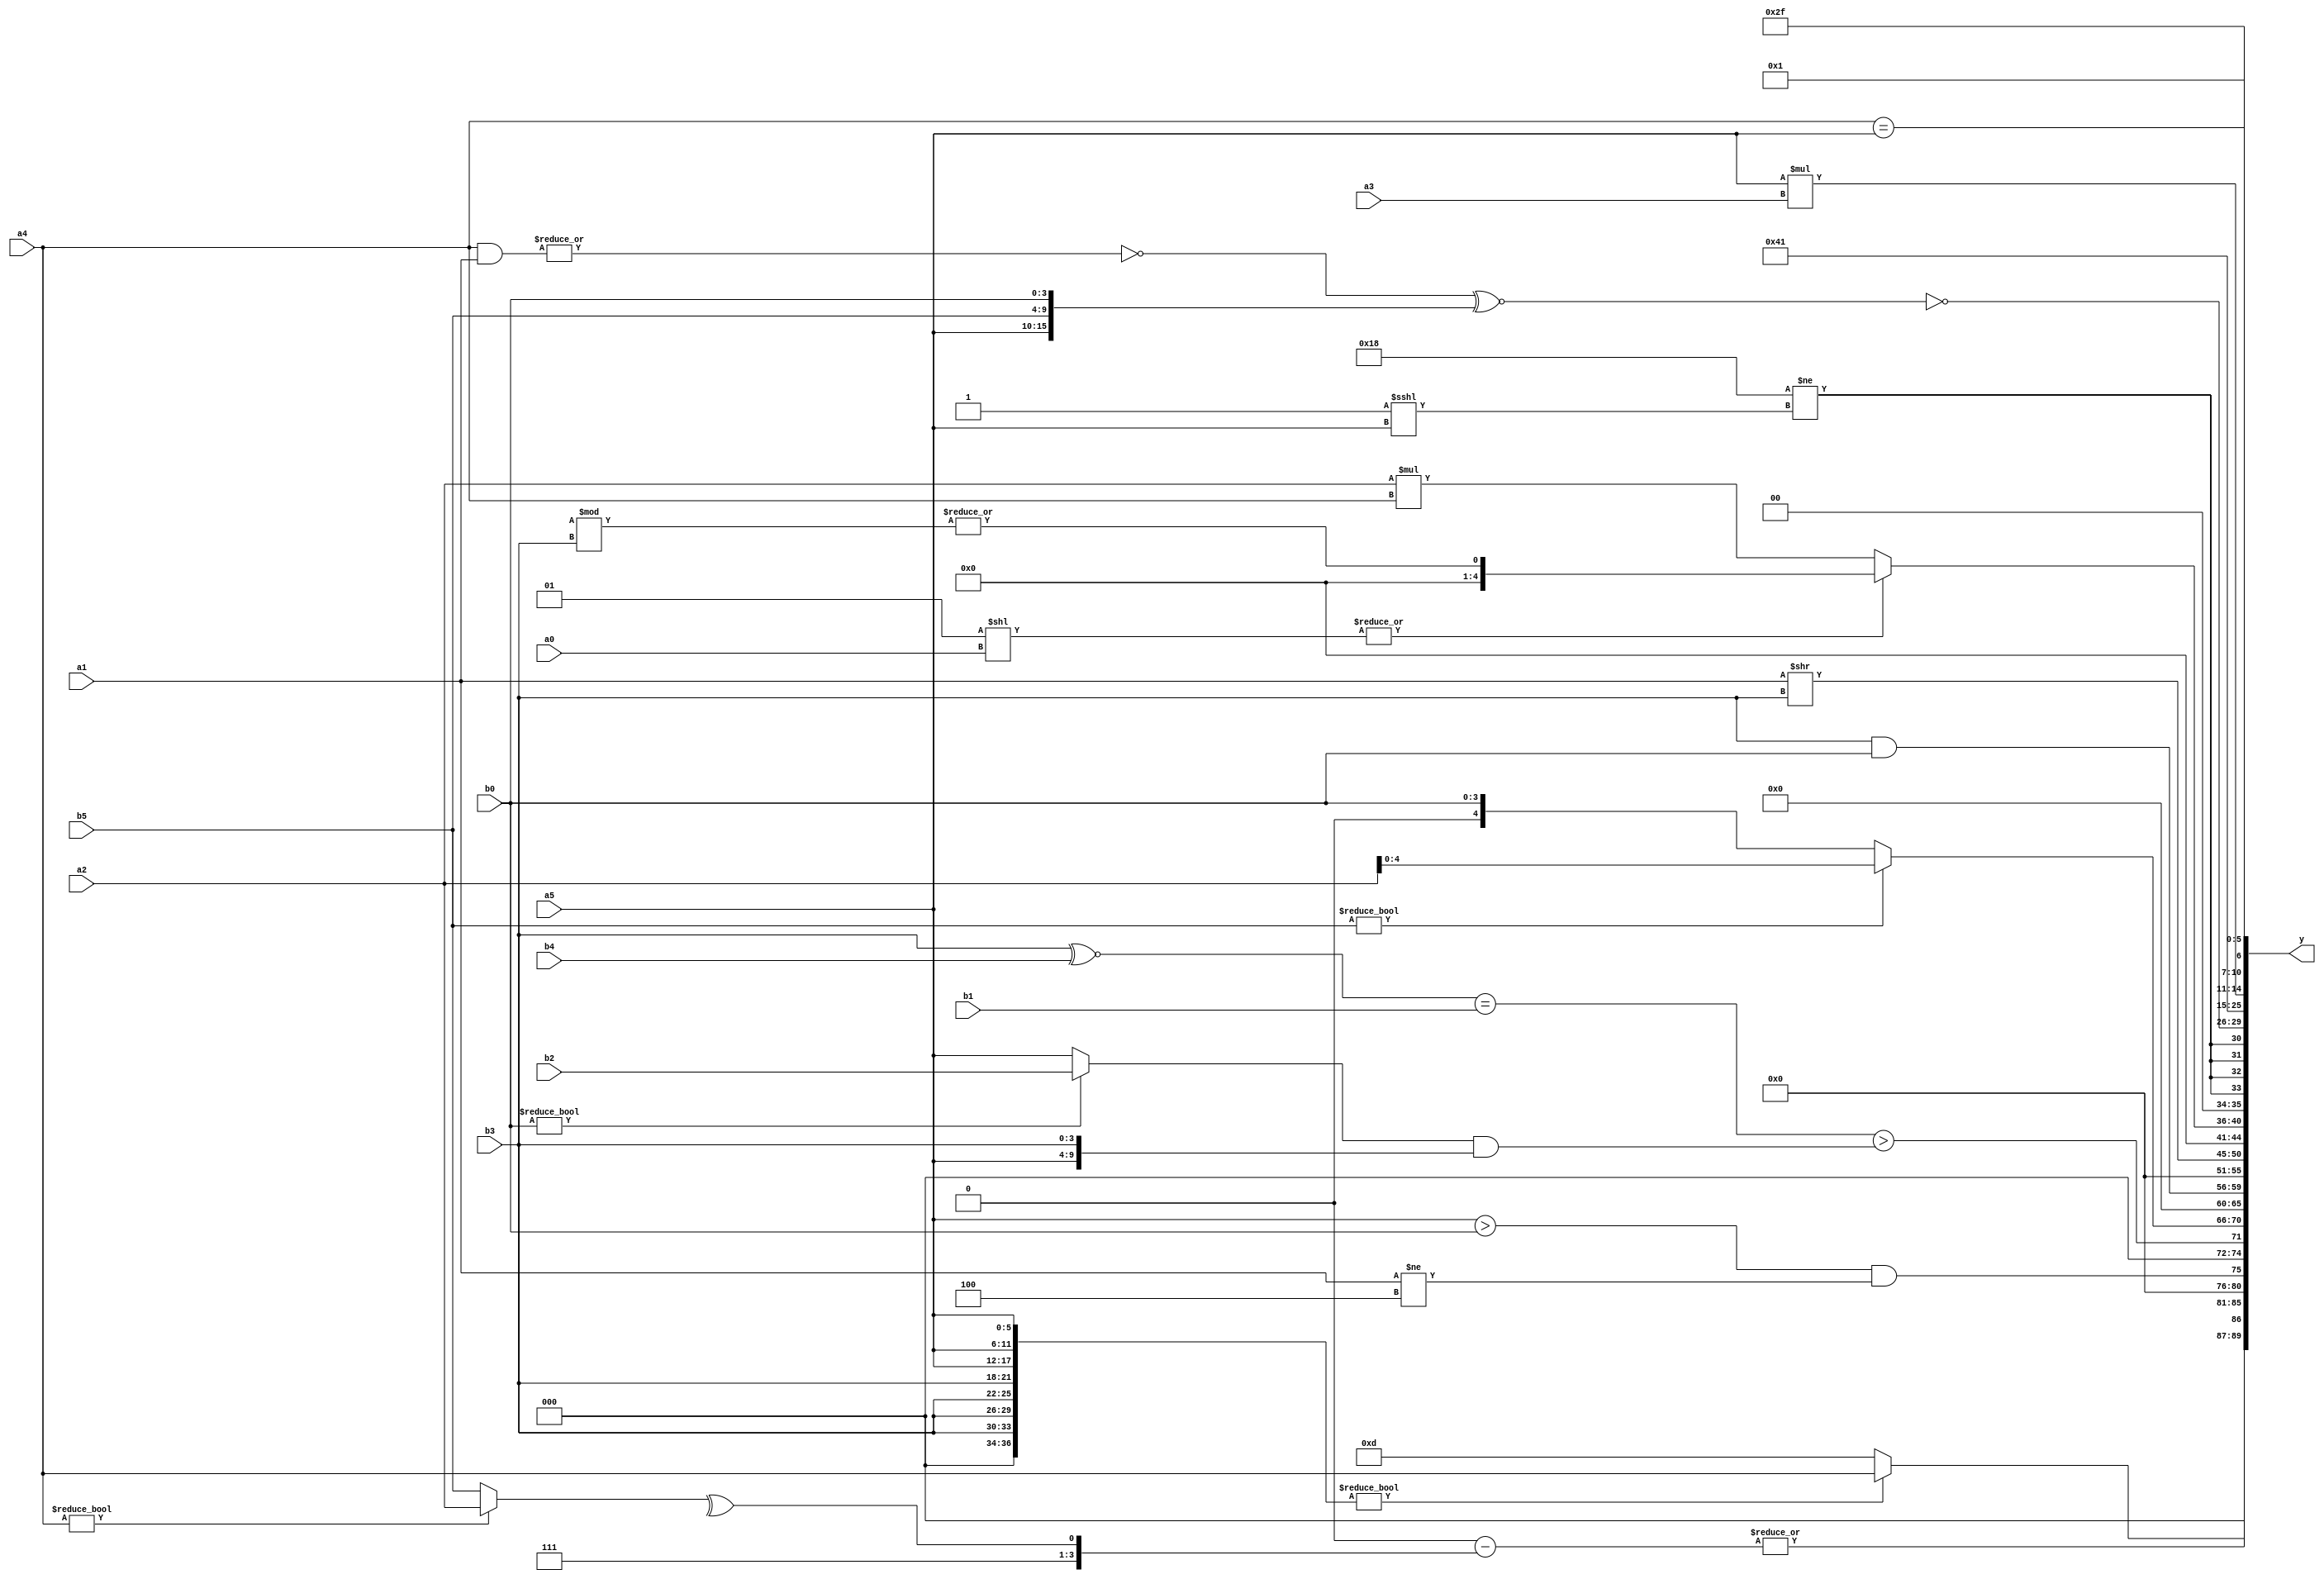
module expression_00916(a0, a1, a2, a3, a4, a5, b0, b1, b2, b3, b4, b5, y);
  input [3:0] a0;
  input [4:0] a1;
  input [5:0] a2;
  input signed [3:0] a3;
  input signed [4:0] a4;
  input signed [5:0] a5;

  input [3:0] b0;
  input [4:0] b1;
  input [5:0] b2;
  input signed [3:0] b3;
  input signed [4:0] b4;
  input signed [5:0] b5;

  wire [3:0] y0;
  wire [4:0] y1;
  wire [5:0] y2;
  wire signed [3:0] y3;
  wire signed [4:0] y4;
  wire signed [5:0] y5;
  wire [3:0] y6;
  wire [4:0] y7;
  wire [5:0] y8;
  wire signed [3:0] y9;
  wire signed [4:0] y10;
  wire signed [5:0] y11;
  wire [3:0] y12;
  wire [4:0] y13;
  wire [5:0] y14;
  wire signed [3:0] y15;
  wire signed [4:0] y16;
  wire signed [5:0] y17;

  output [89:0] y;
  assign y = {y0,y1,y2,y3,y4,y5,y6,y7,y8,y9,y10,y11,y12,y13,y14,y15,y16,y17};

  localparam [3:0] p0 = {1{{1{((3'sd1)==(-4'sd5))}}}};
  localparam [4:0] p1 = {4{(3'd7)}};
  localparam [5:0] p2 = (4'sd4);
  localparam signed [3:0] p3 = ((5'd26)?(5'd7):(4'd9));
  localparam signed [4:0] p4 = (^(&(-2'sd0)));
  localparam signed [5:0] p5 = ({2{(5'sd15)}}==(-3'sd2));
  localparam [3:0] p6 = ({(~(~|(4'd6))),((4'd1)>>>(-3'sd2))}<={2{{(-2'sd1),(2'sd1)}}});
  localparam [4:0] p7 = {(((&(5'd15))>((-2'sd1)?(5'sd8):(4'd15)))>(~|((-3'sd3)?(3'd0):(-2'sd1))))};
  localparam [5:0] p8 = {1{(&(((-2'sd1)^~(3'd7))&&((4'sd7)-(-2'sd1))))}};
  localparam signed [3:0] p9 = (3'sd1);
  localparam signed [4:0] p10 = ((!(4'd12))?(&(-3'sd3)):(4'd2 * (5'd28)));
  localparam signed [5:0] p11 = ((5'd21)?(-2'sd1):(2'd2));
  localparam [3:0] p12 = (((((4'd12)&(3'sd0))/(2'd3))|(((4'sd3)&(-3'sd2))>>>((-2'sd1)%(4'd3))))>>>(((5'd3)&(5'd18))%(-3'sd2)));
  localparam [4:0] p13 = ((((4'd13)>>(4'd8))!=(-4'sd7))-((-(3'd2))^~((5'd10)===(-4'sd6))));
  localparam [5:0] p14 = ({2{(4'd14)}}<((3'd2)&(-2'sd0)));
  localparam signed [3:0] p15 = (+(!(^(~^(~&(!(^(~&(|(~^(~&(&(5'd11)))))))))))));
  localparam signed [4:0] p16 = ((3'd1)?(^(-3'sd0)):((4'sd0)?(-5'sd7):(-4'sd6)));
  localparam signed [5:0] p17 = (2'sd1);

  assign y0 = (|$signed(((!((4'sd1)?$signed($signed(p17)):(p4^p6)))-((^(a4?a2:b5))^~$unsigned((b4?p15:p9))))));
  assign y1 = ({(-3'sd0),{4{b3}},{3{a5}}}?{(a3?b5:b0),{b2},{4{a4}}}:{{1{(5'd13)}}});
  assign y2 = ((a5>b0)&&(a1!=p2));
  assign y3 = (((b3^~b4)==(a3?b1:b1))>((b0?b2:a5)&{a5,b3}));
  assign y4 = (b5?a2:b0);
  assign y5 = ($unsigned(p12)<<(+p10));
  assign y6 = (b3&b0);
  assign y7 = (!$unsigned({p15}));
  assign y8 = (a1>>b3);
  assign y9 = {1{(&((!{4{p8}})?((&p16)?(b0+b0):{p2}):(+((a4>=p6)==(~a4)))))}};
  assign y10 = ((~|(p9<<a0))?(a2*a4):(|(p0%b3)));
  assign y11 = {4{({p12,p10}!=(p8<<<a5))}};
  assign y12 = (~$unsigned((((~|(a4&a1))^~{a5,b5,b0}))));
  assign y13 = ((2'sd0)<=(-2'sd0));
  assign y14 = (~|p0);
  assign y15 = ($signed(a5)*$unsigned(a3));
  assign y16 = {{(p4<a1)},(p13?a1:p6),(a4==a5)};
  assign y17 = {{($unsigned({a5})?(+(^b4)):{b1,p0,p10}),(-{(p4>a4),{p15},{p15}})}};
endmodule